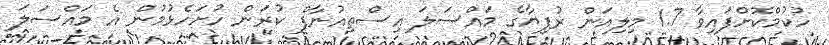
ހުކުމްކޮށްފައިވާ 1.7 މިލިއަން ރުފިޔާގެ މައްސަލަ އިސްތިއުނާފް ކުރަން ހުށަހެޅުމުން އެ މައްސަލަ